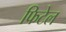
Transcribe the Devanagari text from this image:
फिटेल